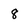
Character: 8